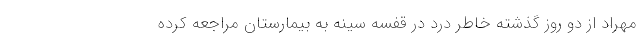
مهراد از دو روز گذشته خاطر درد در قفسه سینه به بیمارستان مراجعه کرده